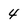
Character: 4